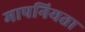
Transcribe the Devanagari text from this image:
मापनियता